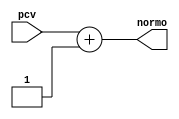
module addr_norm( normo, pcv );

input  [6:0] pcv;
output [6:0] normo;

reg [6:0] ooo;

always @ (pcv)
begin
ooo <= pcv + 1;
end

assign normo = ooo;

endmodule